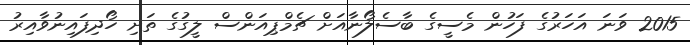
2015 ވަނަ އަހަރުގެ ފަހުން މެސީގެ ބާސެލޯނާއަށް ޗެމްޕިއަންސް ލީގުގެ ތަށި ހޯދިފައިނުވާއިރު